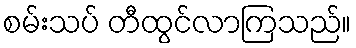
စမ်းသပ် တီထွင်လာကြသည်။